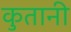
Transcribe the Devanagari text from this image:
कुतानी